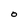
Character: O